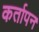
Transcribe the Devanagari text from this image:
कर्तापन